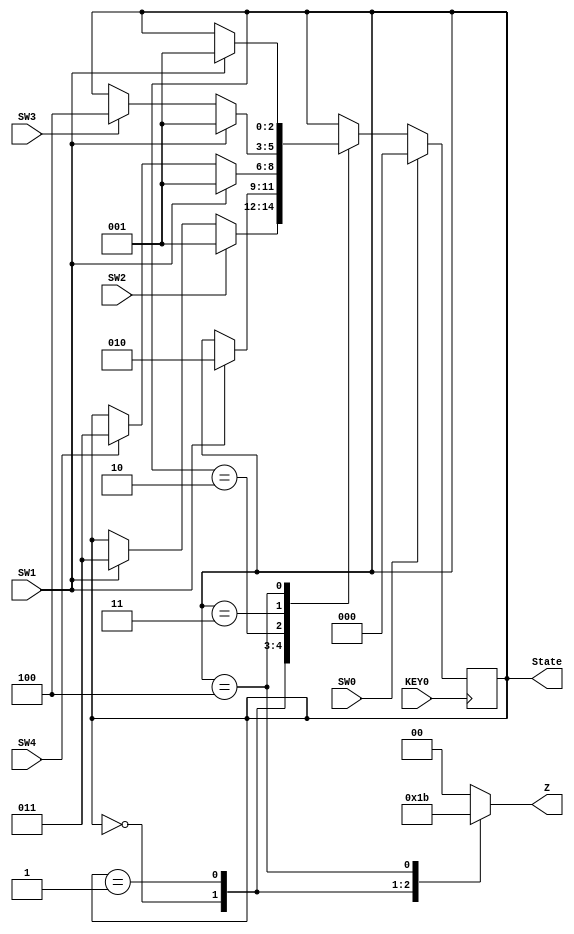
//FSM Prob
//Start time - 11:10 

//Module declaration and defination 
module FSM ( 
	input KEY0, //Clock 
	input SW0, SW1, SW2, SW3, SW4, // Switches to control state transitions 
	output reg [2:0] State, //State of the FSM 
	output reg [1:0] Z  //Z is the output of that particular state of FSM 
		) ; 
		
//State Encoding 
localparam State_0 = 3'd0 , 
			State_1 = 3'd1 , 
			State_2 = 3'd2 , 
			State_3 = 3'd3 , 
			State_4 = 3'd4 ; 
			

//State registers 
//reg [2:0] PS ; //Contains present state 
reg [2:0] NS ; //Contains next state 

//State Transtition Block 
always @ (posedge KEY0) 
	begin 
		if (SW0) 
			State <= State_0 ; 
		else 
			State <= NS ; 
	end 
	

//State Relation Block 
always @ (*) 
	begin 
		NS = State ; 
		
			case(State)
			State_0: begin 
						if(SW2) 
							NS = State_1 ; 
						else if(SW1) 
							NS = State_3; 
						else 
							NS = State ; 
					end 
			
			State_1: begin 
						if(SW1) 
							NS = State_2 ; 
						else 
							NS = State ; 
					end 
			
			State_2: begin 
						if(SW1) 
							NS = State_1 ; 
						else if(SW4) 
							NS = State_3 ; 
						else 
							NS = State ; 
					 end 
			State_3 : begin 
						if(SW1) 
							NS = State_1 ; 
						else if(SW3) 
							NS = State_4 ; 
						else 
							NS = State ; 
					 end 
			State_4:  begin 
						if(SW0) 
							NS = State_0 ; 
						else if(SW1) 
							NS = State_1 ; 
						else 
							NS = State ; 
					end 
			default: begin 
						NS = State ; 
					 end 
		
			endcase 
	
	end 
	
//Outputs -- 2 bit 'Z' 
always @ (*) 
begin 
	case(State) 
	3'd0 : Z = 2'b01 ; 
	3'd1 : Z = 2'b10 ; 
	3'd2 : Z = 2'b00 ; 
	3'd3 : Z = 2'b00 ; 
	3'd4 : Z = 2'b11 ; 
	default: Z = 2'b00 ; //Default Value 
	endcase 
end  

endmodule